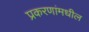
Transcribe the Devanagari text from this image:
प्रकरणांमधील